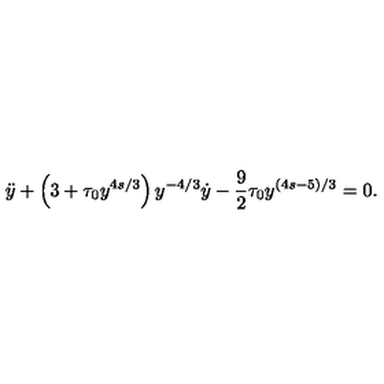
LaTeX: \ddot { y } + \left( 3 + \tau _ { 0 } y ^ { 4 s / 3 } \right) y ^ { - 4 / 3 } \dot { y } - \frac 9 2 \tau _ { 0 } y ^ { ( 4 s - 5 ) / 3 } = 0 .